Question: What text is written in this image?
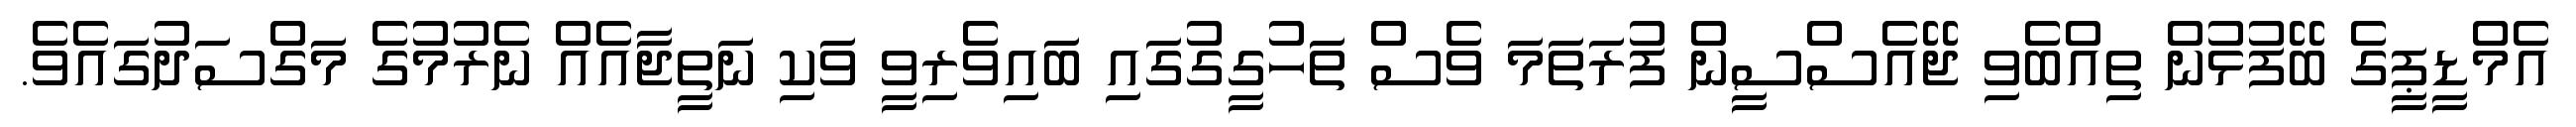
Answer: އެމްޑީޕީގެ ބޭފުޅުން ތިއްބެވި ޖޭއެސްސީން ފުރަތަމަ ވެސް ތަހުގީގުގައި ބައިވެރިވީ ވަކި ނަތީޖާއެއް ނެރުމުގެ މަގްސަދުގައެވެ.